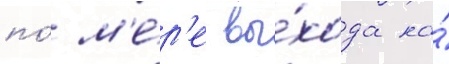
по́ м'е́р'е вы́хода на́